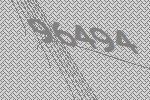
96494